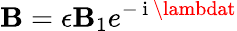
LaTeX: \mathbf{B}=\epsilon\mathbf{B}_{1}e^{-\mathrm{{~i~}}\lambdat}